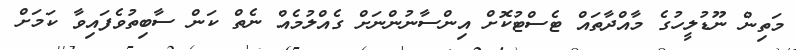
މަތިިން ނޫޑުލީހުގެ މާއްދާތައް ޓެސްޓުކޮށް އިންސާނުންނަށް ގެއްލުމެއް ނެތް ކަން ސާބިތުވެފައިވާ ކަމަށް